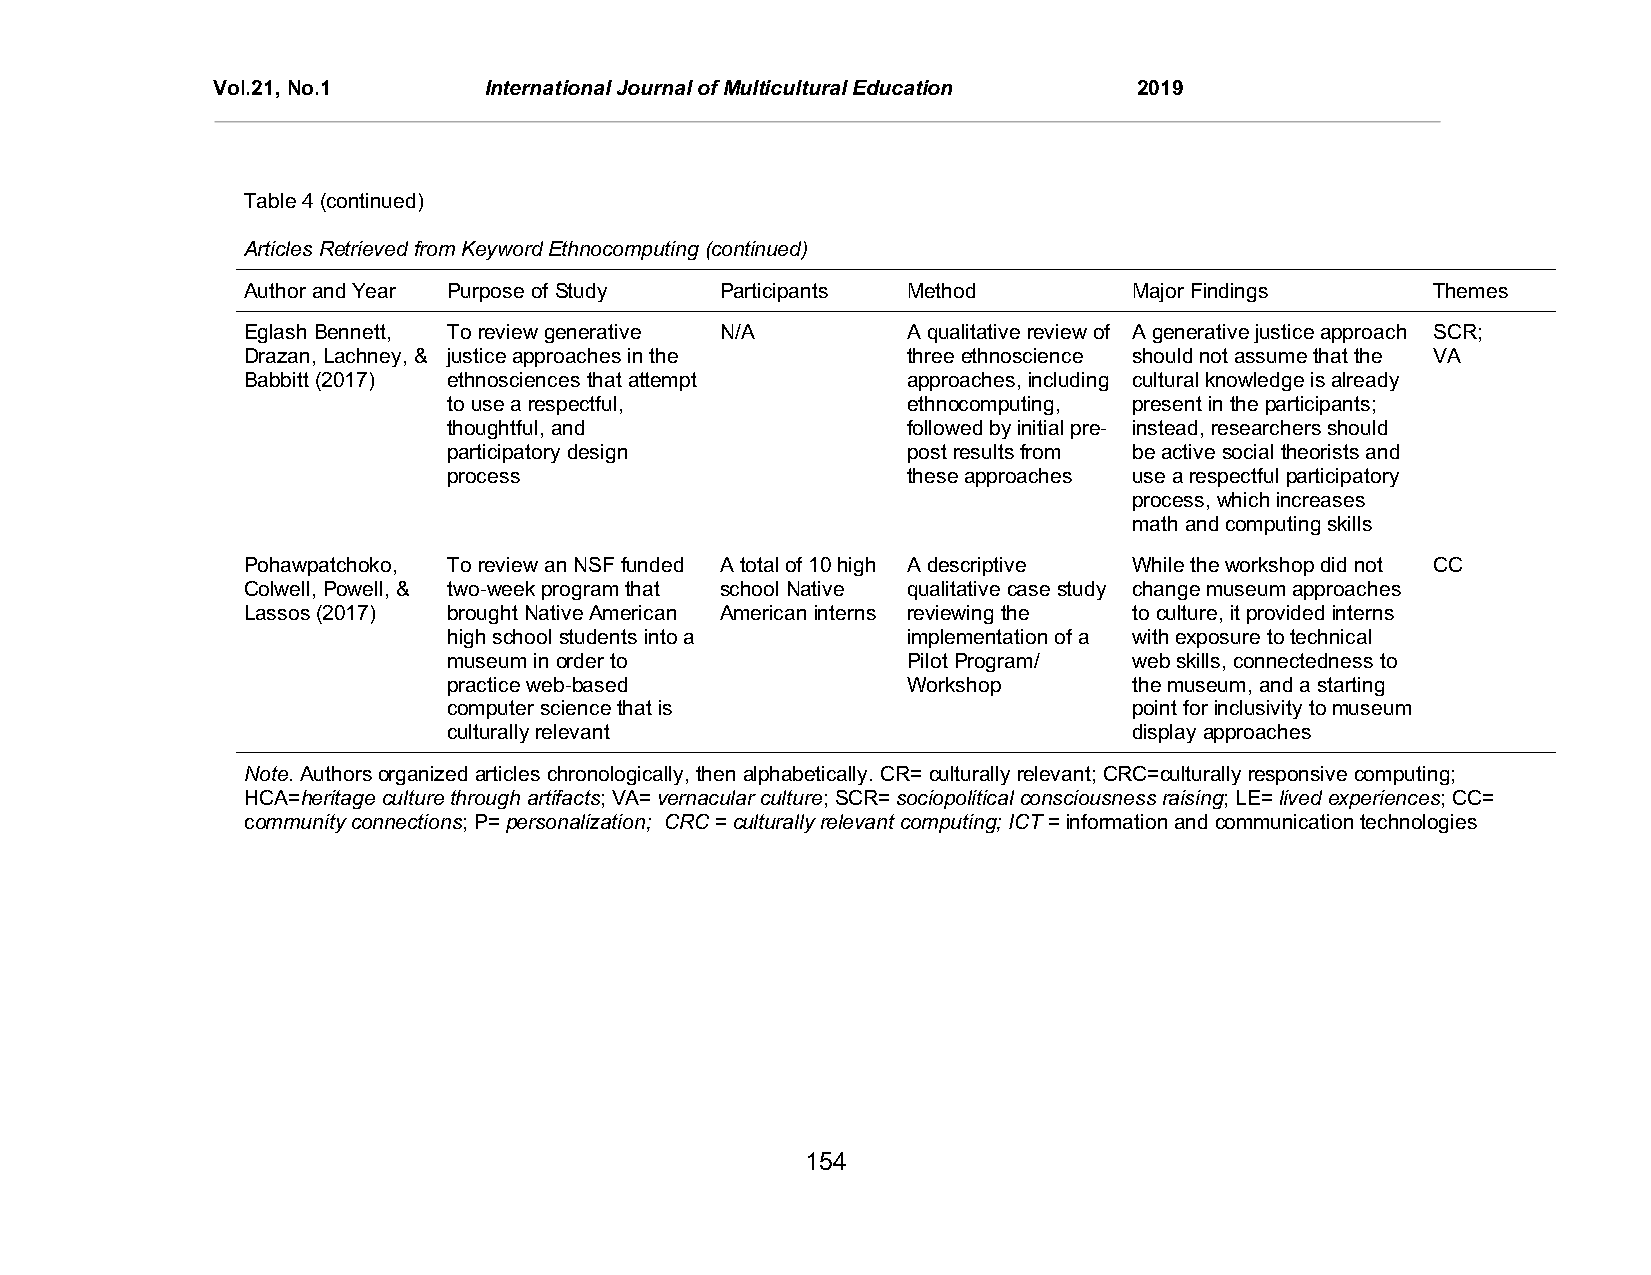
Vol.21, No.1      International Journal of Multicultural Education 2019
 Table 4 (continued)
 Articles Retrieved from Keyword Ethnocomputing (continued)
 Author and Year Purpose of Study Participants Method       Major Findings      Themes
 Eglash Bennett, To review generative N/A    A qualitative review of A generative justice approach SCR;
 Drazan, Lachney, & justice approaches in the three ethnoscience should not assume that the VA
 Babbitt (2017) ethnosciences that attempt   approaches, including cultural knowledge is already
 to use a respectful,          ethnocomputing, present in the participants;
 thoughtful, and               followed by initial pre- instead, researchers should
 participatory design          post results from be active social theorists and
 process                       these approaches use a respectful participatory
 process, which increases
 math and computing skills
 Pohawpatchoko, To review an NSF funded A total of 10 high A descriptive While the workshop did not CC
 Colwell, Powell, & two-week program that school Native qualitative case study change museum approaches
 Lassos (2017) brought Native American American interns reviewing the to culture, it provided interns
 high school students into a   implementation of a with exposure to technical
 museum in order to            Pilot Program/ web skills, connectedness to
 practice web-based            Workshop       the museum, and a starting
 computer science that is                     point for inclusivity to museum
 culturally relevant                          display approaches
 Note. Authors organized articles chronologically, then alphabetically. CR= culturally relevant; CRC=culturally responsive computing;
 HCA=heritage culture through artifacts; VA= vernacular culture; SCR= sociopolitical consciousness raising; LE= lived experiences; CC=
 community connections; P= personalization; CRC = culturally relevant computing; ICT = information and communication technologies
 154